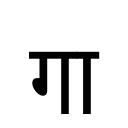
OCR:
गा